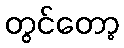
တွင်တော့